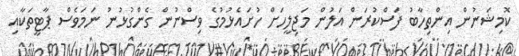
ކޮމިޝަނުން އިންތިހާބު ފަސްކުރަން އަލުން މަޖިލީހަށް ހުށައެޅުމުގެ ވިސްނުން ގެންގުޅުނު ނަމަވެސް ޕާޓީތަކާއި